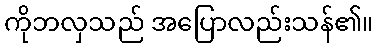
ကိုဘလှသည် အပြောလည်းသန်၏။